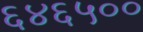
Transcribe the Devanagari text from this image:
६४६५००